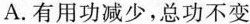
A. 有用功减少，总功不变